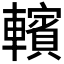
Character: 𰹩